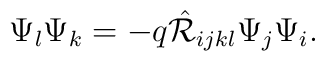
\Psi_{l}\Psi_{k}=- q \hat{{\cal R}}_{ijkl}\Psi_{j}\Psi_{i}.